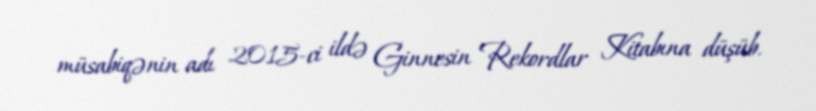
müsabiqənin adı 2015-ci ildə Ginnesin Rekordlar Kitabına düşüb.